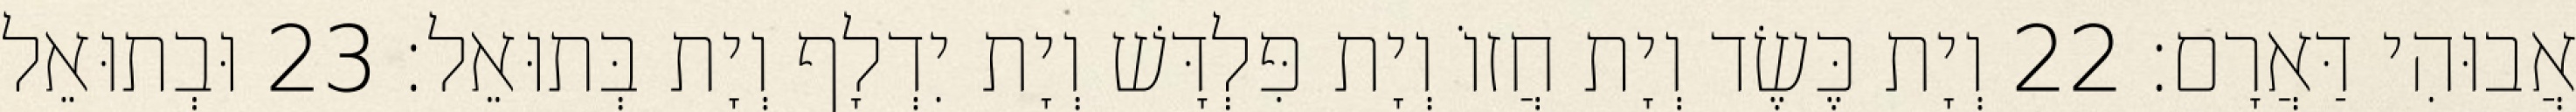
אֲבוּהִי דַּאֲרָם׃ 22 וְיָת כֶּשֶׂד וְיָת חֲזוֹ וְיָת פִּלְדָּשׁ וְיָת יִדְלָף וְיָת בְּתוּאֵל׃ 23 וּבְתוּאֵל